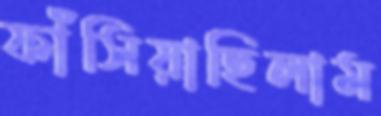
ফাঁসিয়াছিলাম